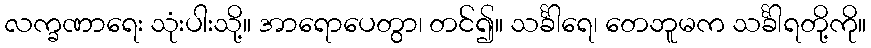
လက္ခဏာရေး သုံးပါးသို့။ အာရောပေတွာ၊ တင်၍။ သင်္ခါရေ၊ တေဘူမက သင်္ခါရတို့ကို။